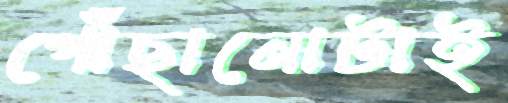
পৌঁছানোটাই